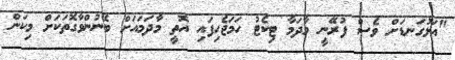
"އަޅުގަނޑަށް ވެސް ފުރޭނީ މާދަމާ ޓިކެޓު ހަމަޖެހިފައި އޮތީ މާދަމައަށް ބޭނުންވާގޮތަކަށް މިކަން